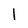
Character: 1